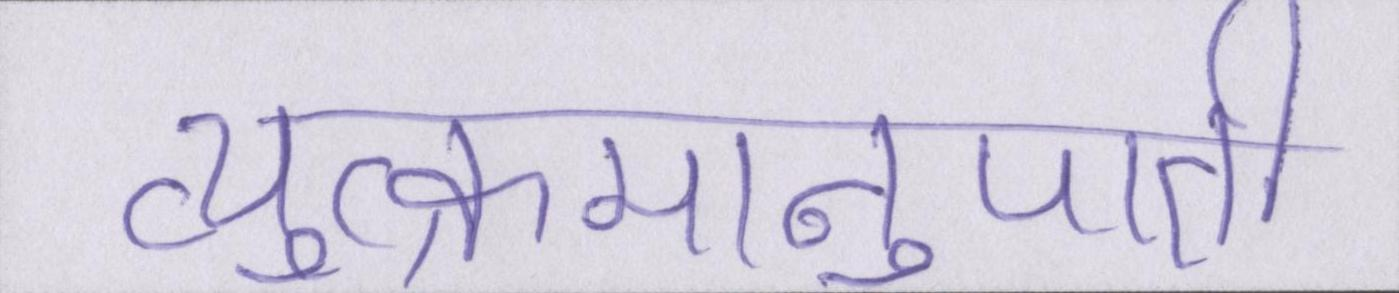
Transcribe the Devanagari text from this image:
व्युत्क्रमानुपाती